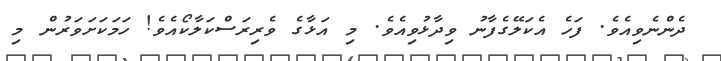
ދެންނެވިއެވެ. ފަހެ އެކަލޭގެފާނު ވިދާޅުވިއެވެ. މި އަޅާގެ ވެރިރަސްކަލާކޯއެވެ! ހަމަކަށަވަރުން މި